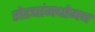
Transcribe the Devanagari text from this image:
रोट्यांमधोमध